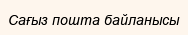
Сағыз пошта байланысы